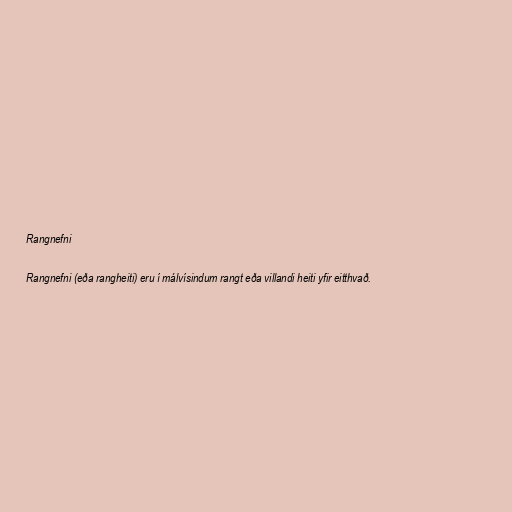
Rangnefni

Rangnefni (eða rangheiti) eru í málvísindum rangt eða villandi heiti yfir eitthvað.